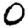
Digit: 0